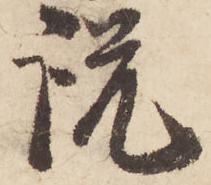
説